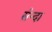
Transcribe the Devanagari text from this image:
सेन्दा